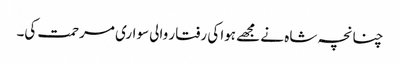
چنانچہ شاہ نے مجھے ہوا کی رفتار والی سواری مرحمت کی۔